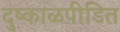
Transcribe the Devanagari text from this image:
दुष्काळपीडित